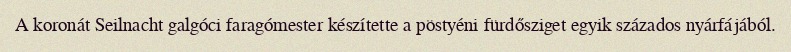
A koronát Seilnacht galgóci faragómester készítette a pöstyéni fürdősziget egyik százados nyárfájából.